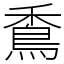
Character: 穒